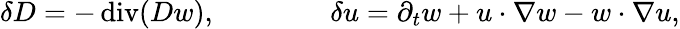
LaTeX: \delta D=-\operatorname{div}(Dw),\qquad\qquad\delta u=\partial_{t}w+u\cdot\nabla w-w\cdot\nabla u,